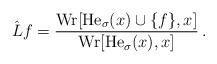
LaTeX: \begin{align*}\hat L f=\frac{{\rm Wr}[\mathrm{He}_{\sigma}(x)\cup\{f\},x]}{{\rm Wr}[\mathrm{He}_\sigma(x),x]}\,.\end{align*}